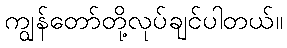
ကျွန်တော်တို့လုပ်ချင်ပါတယ်။